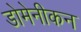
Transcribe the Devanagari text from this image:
डोमेनीकन